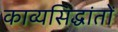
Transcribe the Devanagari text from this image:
काव्यसिद्धांतों